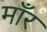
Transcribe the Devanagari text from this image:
माँर